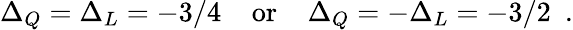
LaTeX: \Delta_{Q}=\Delta_{L}=-3/4\, \, \, \, \, \mathrm{~or~}\, \, \, \, \, \Delta_{Q}=-\Delta_{L}=-3/2\, \, \, .